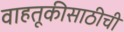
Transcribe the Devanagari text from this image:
वाहतूकीसाठीची